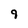
Character: 9